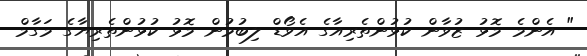
" އެންމެ މޮޅު ޒުވާން ކުޅުންތެރިއާގެ އެވޯޑް ލިބުމުން މޮޅު ކުޅުންތެރިޔާގެ މަގާމް